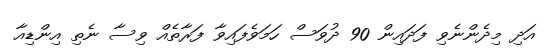
އަދި މިދެންނެވި ފަދައިން 90 ދުވަސް ހަމަވެފައިވާ ފަރާތެއް ވިސާ ނެތި އިންޑިއާ